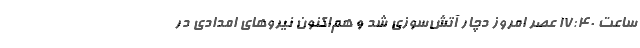
ساعت 17:40 عصر امروز دچار آتش‌سوزی شد و هم‌اکنون نیروهای امدادی در